Newspaper: The Seattle post-intelligencer. [volume]
Place of publication: Seattle, Wash. Terr. [Wash.]
Publisher: Post-Intelligencer Pub. Co.
Date: 1900-02-16 00:00:00
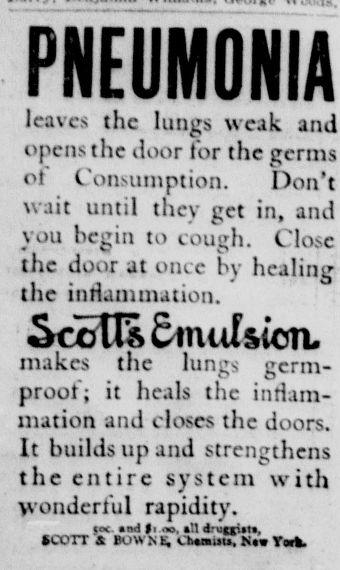
Advertisement text (OCR):
PNEUMONIA leaves the lungs weak and opens the door tor the germs of Consumption. Don't wait until they get in, and vou begin to couuh. Close * V V* the door at once by healing the inriammation. Scolls &iniJsicsTL makes the lungs gcrm proot"; it heals the inflam mation and closes the doors. It builds up and strengthens the entire system with wonderful rapidity. soc and ft .*3. all d'uggUts, SCOTT & BoVS N t. v hamots. Nit Vark.
Label: text-only